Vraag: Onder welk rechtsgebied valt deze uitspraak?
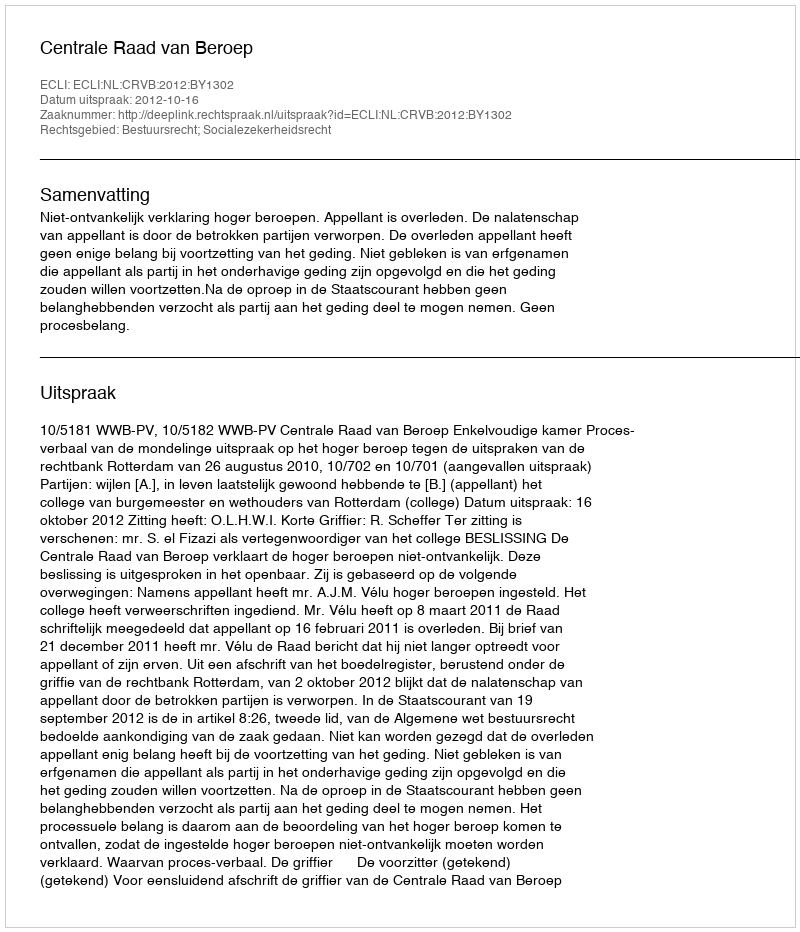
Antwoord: Bestuursrecht; Socialezekerheidsrecht